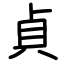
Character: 貞